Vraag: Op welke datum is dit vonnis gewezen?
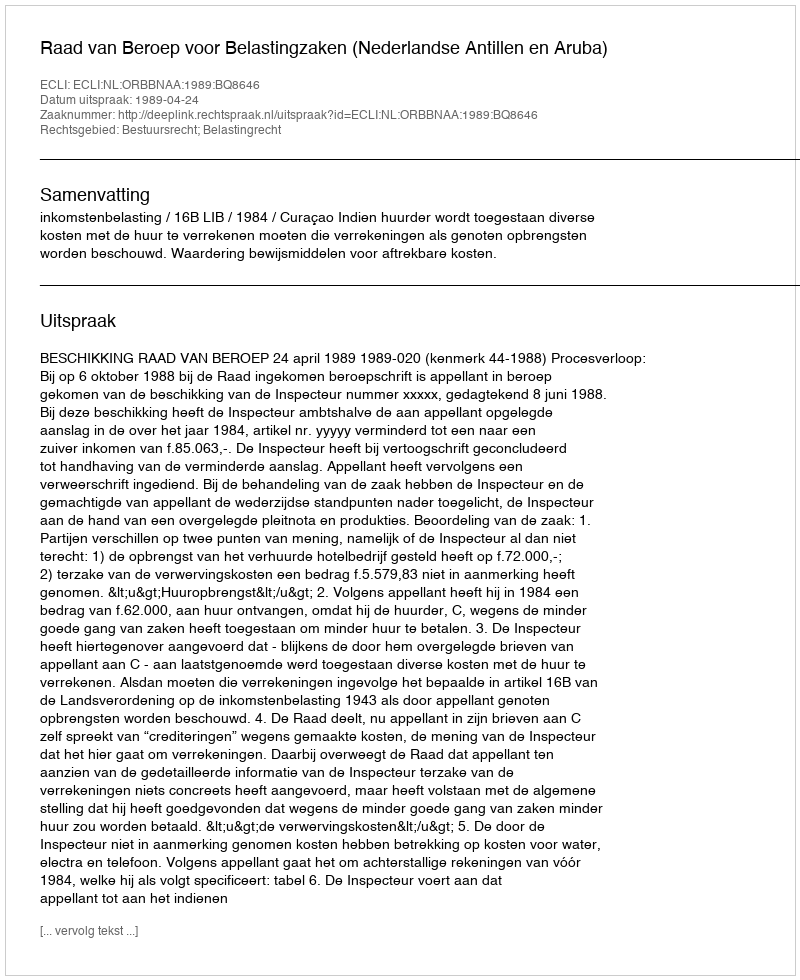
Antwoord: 1989-04-24